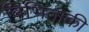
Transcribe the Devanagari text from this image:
बिभिताकी